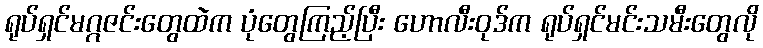
ရုပ်ရှင်မဂ္ဂဇင်းတွေထဲက ပုံတွေကြည့်ပြီး ဟောလီးဝုဒ်က ရုပ်ရှင်မင်းသမီးတွေလို